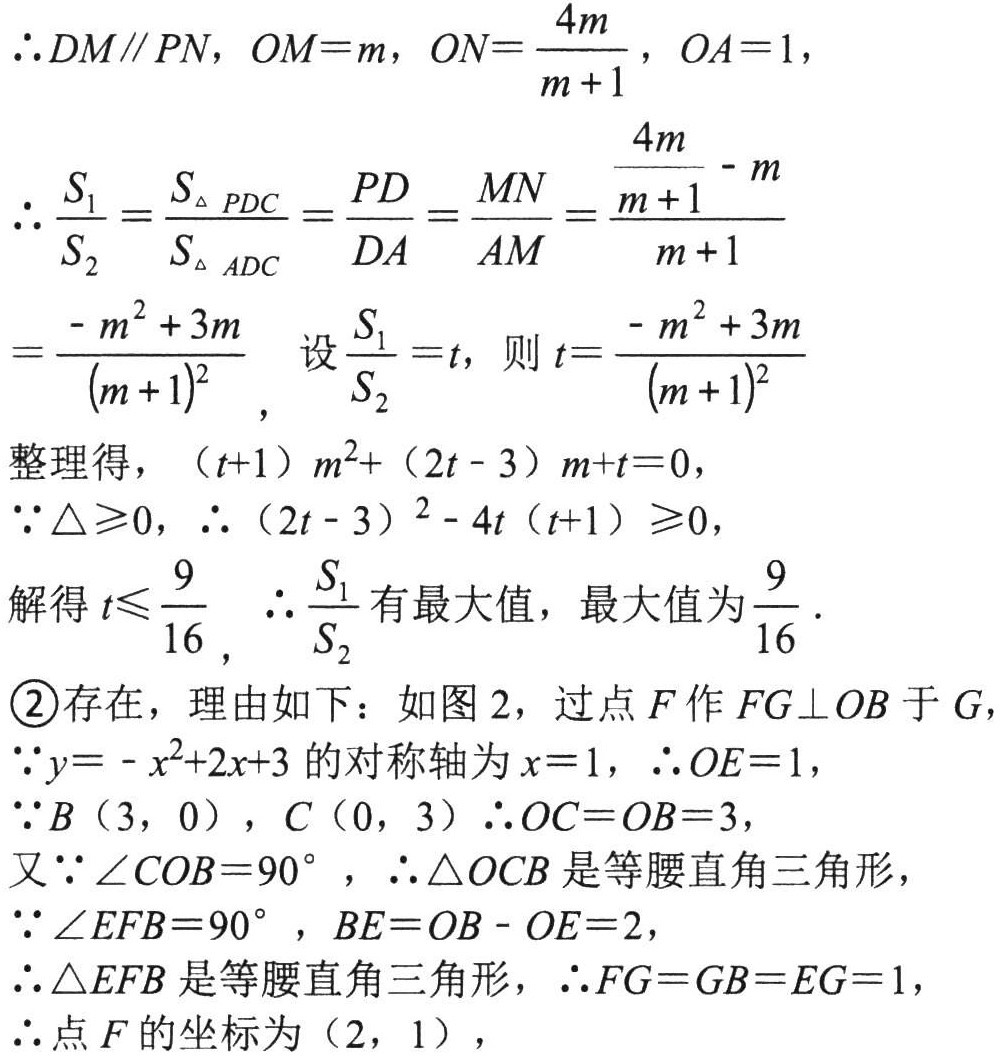
\(\therefore DM\parallel PN, OM = m, ON=\frac{4m}{m + 1}, OA = 1,\)
\(\therefore \frac{S_{1}}{S_{2}}=\frac{S_{\triangle PDC}}{S_{\triangle ADC}}=\frac{PD}{DA}=\frac{MN}{AM}=\frac{\frac{4m}{m + 1}-m}{m + 1}\)
\(=\frac{-m^{2}+3m}{(m + 1)^{2}}\), 设\(\frac{S_{1}}{S_{2}}=t\), 则\(t=\frac{-m^{2}+3m}{(m + 1)^{2}}\)
整理得，\((t + 1)m^{2}+(2t - 3)m + t = 0\),
\(\because \triangle\geq0,\therefore(2t - 3)^{2}-4t(t + 1)\geq0\),
解得\(t\leq\frac{9}{16}\), \(\therefore\frac{S_{1}}{S_{2}}\)有最大值，最大值为\(\frac{9}{16}\).
\textcircled{2}存在，理由如下：如图2，过点\(F\)作\(FG\perp OB\)于\(G\),
\(\because y=-x^{2}+2x + 3\)的对称轴为\(x = 1\), \(\therefore OE = 1\),
\(\because B(3,0), C(0,3)\therefore OC = OB = 3\),
又\(\because\angle COB = 90^{\circ}\), \(\therefore\triangle OCB\)是等腰直角三角形，
\(\because\angle EFB = 90^{\circ}, BE = OB - OE = 2\),
\(\therefore\triangle EFB\)是等腰直角三角形，\(\therefore FG = GB = EG = 1\),
\(\therefore\)点\(F\)的坐标为\((2,1)\),